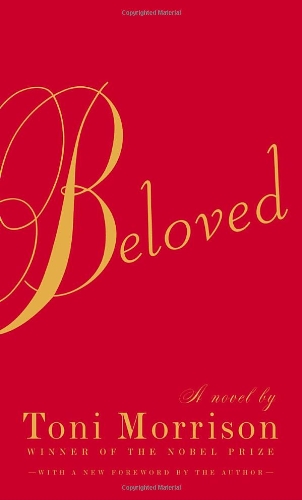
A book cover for Beloved; Toni Morrison; Literature & Fiction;